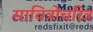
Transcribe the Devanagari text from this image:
सावित्रोचरित्र